Applicability to medico-legal practice in India of the biochemical tests for the origin of blood-stains - Number 39
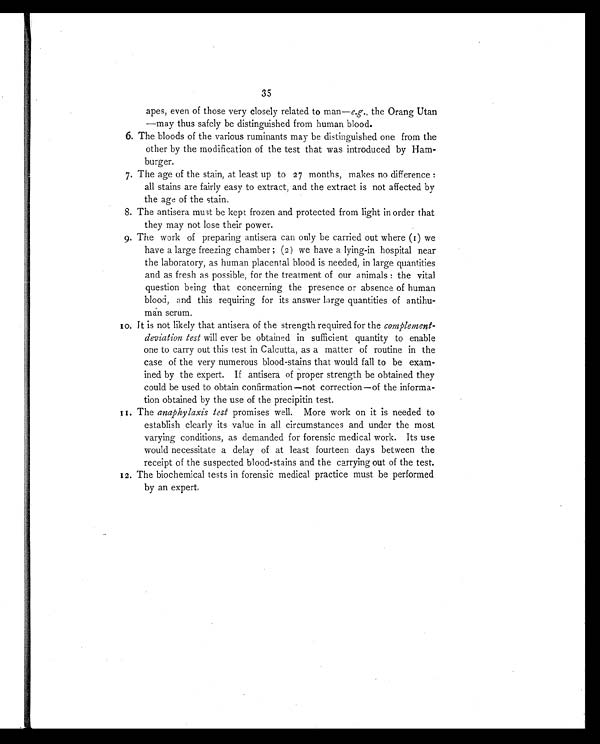
35
apes, even of those very closely related to man— e.g., the Orang Utan
—may thus safely be distinguished from human blood.
6. The bloods of the various ruminants may be distinguished one from the
other by the modification of the test that was introduced by Ham-
burger.
7. The age of the stain, at least up to 27 months, makes no difference:
all stains are fairly easy to extract, and the extract is not affected by
the age of the stain.
8. The antisera must be kept frozen and protected from light in order that
they may not lose their power.
9. The work of preparing antisera can only be carried out where (1) we
have a large freezing chamber; (2) we have a lying-in hospital near
the laboratory, as human placental blood is needed, in large quantities
and as fresh as possible, for the treatment of our animals: the vital
question being that concerning the presence or absence of human
blood, and this requiring for its answer large quantities of antihu-
man serum.
1 0 . I t i s n o t l i k e l y t h a t a n t i s e r a o f t h e s t r e n g t h r e q u i r e d f o r t h ecomplement-
deviation test will ever be obtained in sufficient quantity to enable
one to carry out this test in Calcutta, as a matter of routine in the
case of the very numerous blood-stains that would fall to be exam-
ined by the expert. If antisera of proper strength be obtained they
could be used to obtain confirmation—not correction—of the informa-
tion obtained by the use of the precipitin test.
1 1 . T h e
a n a p h y l a x i s t e s t
p r o m i s e s w e l l . M o r e w o r k o n i t i s n e e d e d t o
establish clearly its value in all circumstances and under the most
varying conditions, as demanded for forensic medical work. Its use
would necessitate a delay of at least fourteen days between the
receipt of the suspected blood-stains and the carrying out of the test.
12. The biochemical tests in forensic medical practice must be performed
by an expert.